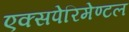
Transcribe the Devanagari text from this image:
एक्सपेरिमेण्टल